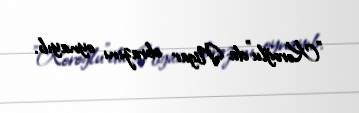
"Koroğlu"da Nigar obrazını oynayıb.